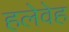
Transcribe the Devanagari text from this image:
हलेवेह